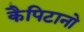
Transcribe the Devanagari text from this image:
कैपिटानो